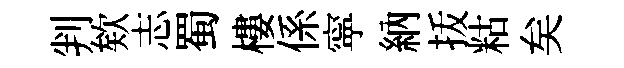
判欸志蜀樓係寜納㧞䊀矣